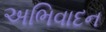
અભિવાદન